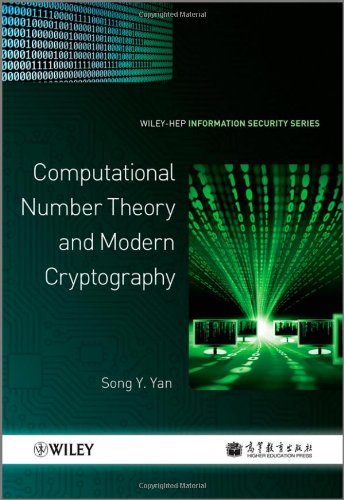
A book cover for Computational Number Theory and Modern Cryptography; Song Y. Yan; Computers & Technology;